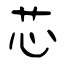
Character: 芯